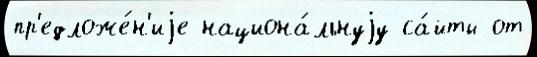
пр'едложе́н'иjе национа́льнуjу са́йты от